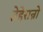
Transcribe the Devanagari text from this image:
तेहेरान्नो